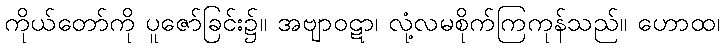
ကိုယ်တော်ကို ပူဇော်ခြင်း၌။ အဗျာဝဋာ၊ လုံ့လမစိုက်ကြကုန်သည်။ ဟောထ၊